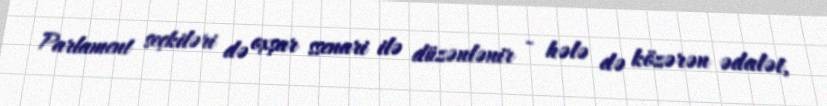
Parlament seçkiləri də oxşar ssenari ilə düzənlənir - hələ də közərən ədalət,